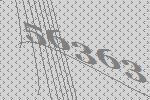
56363